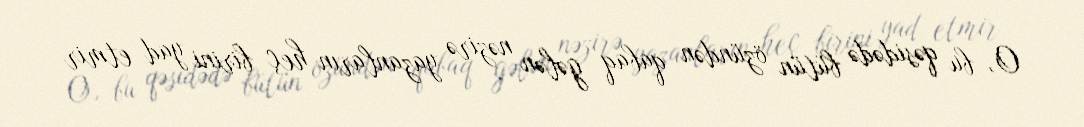
O, bu qəsidədə bütün özündən qabaq gələn nəzirə yazanların heç birini yad etmir